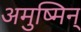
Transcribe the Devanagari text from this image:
अमुष्मिन्